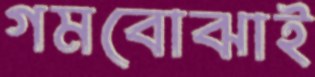
গমবোঝাই